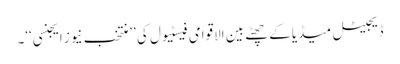
ڈیجیٹل میڈیا کے چھٹے بین الاقوامی فیسٹیول کی ’’منتخب نیوز ایجنسی‘‘۔